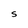
Character: S